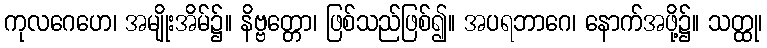
ကုလဂေဟေ၊ အမျိုးအိမ်၌။ နိဗ္ဗတ္တော၊ ဖြစ်သည်ဖြစ်၍။ အပရဘာဂေ၊ နောက်အဖို့၌။ သတ္ထု၊